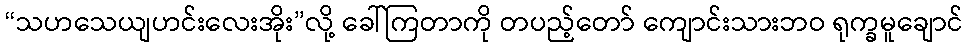
“သဟသေယျဟင်းလေးအိုး”လို့ ခေါ်ကြတာကို တပည့်တော် ကျောင်းသားဘဝ ရုက္ခမူချောင်